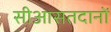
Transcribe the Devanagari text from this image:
सीआसतदानों